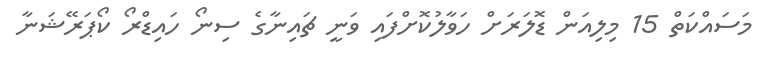
މަސައްކަތް 15 މިލިއަން ޑޮލަރަށް ހަވާލުކޮށްފައި ވަނީ ޗައިނާގެ ސިނޯ ހައިޑްރޯ ކޯޕަރޭޝަނާ